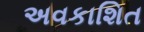
અવકાશિત